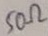
Text: 50Ω